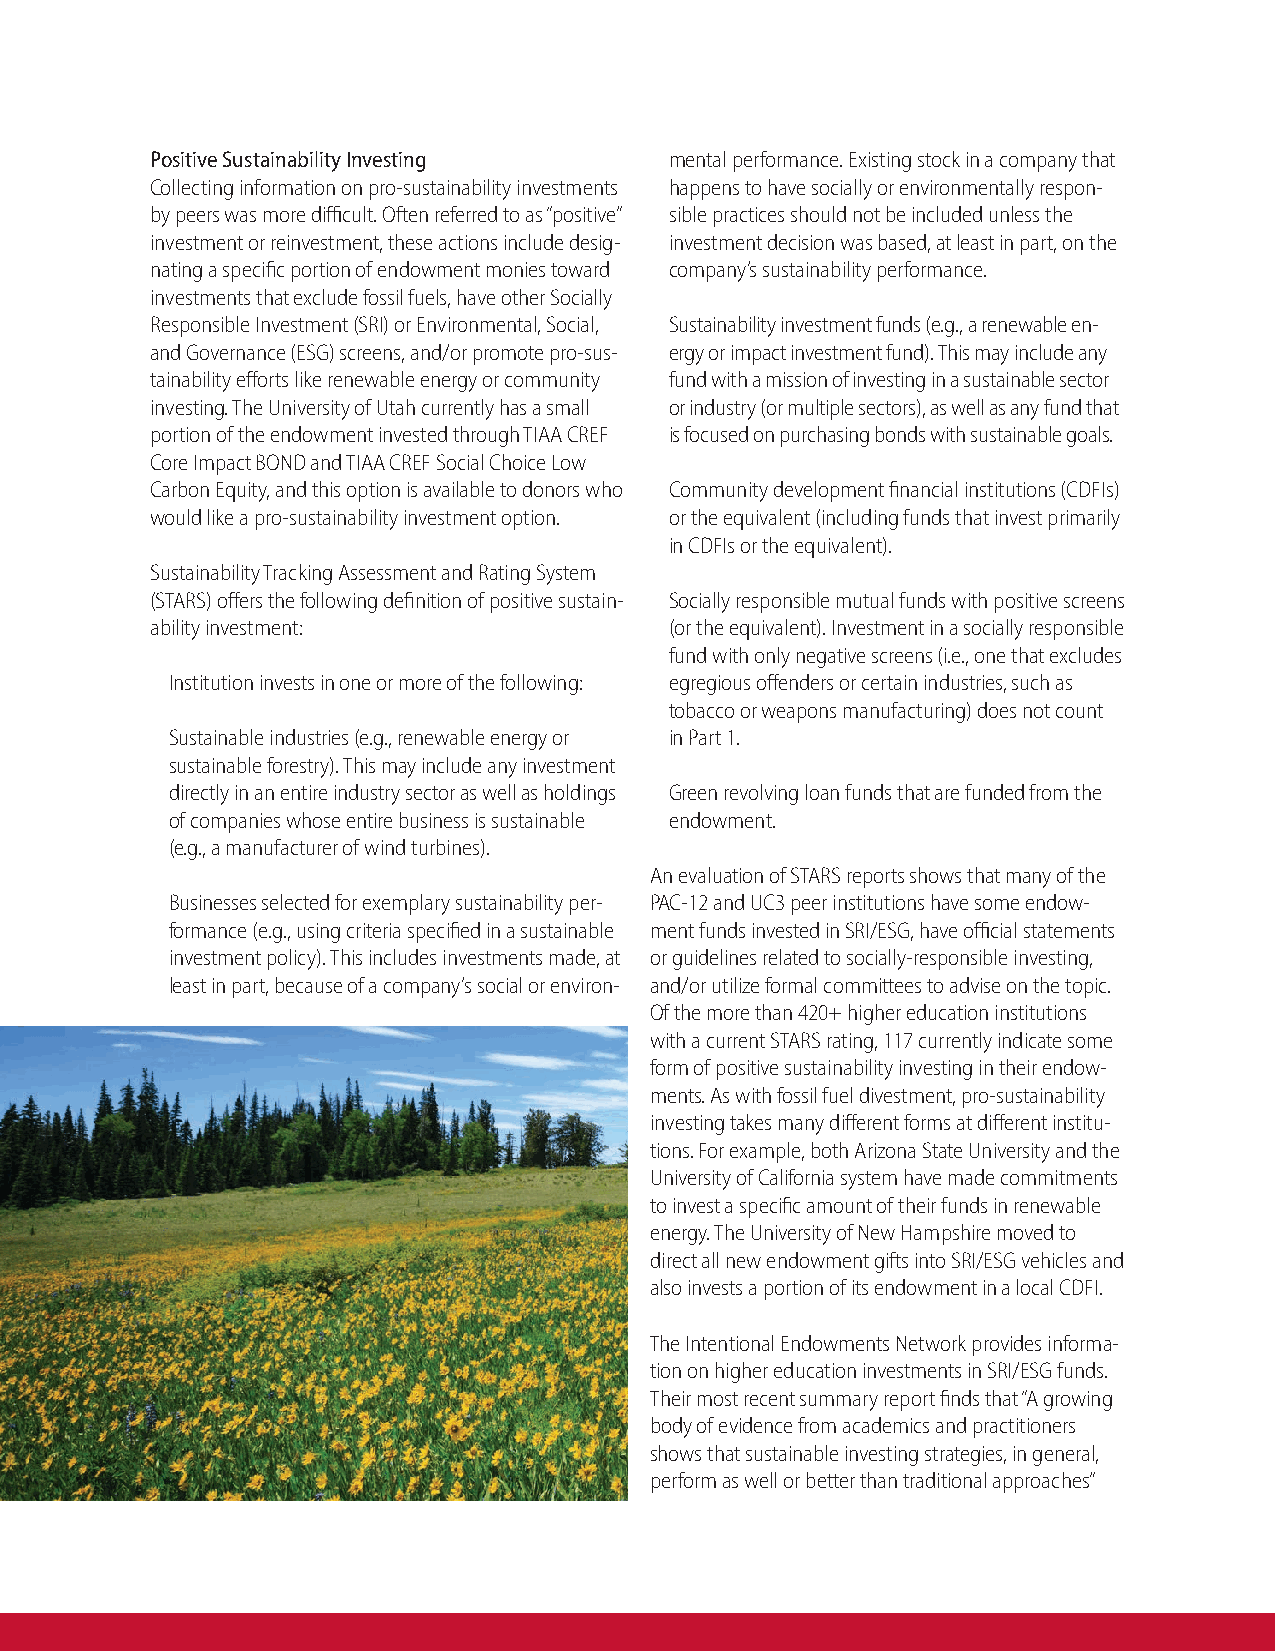
Positive Sustainability Investing mental performance. Existing stock in a company that
 Collecting information on pro-sustainability investments happens to have socially or environmentally respon-
 by peers was more difficult. Often referred to as “positive” sible practices should not be included unless the
 investment or reinvestment, these actions include desig- investment decision was based, at least in part, on the
 nating a specific portion of endowment monies toward company’s sustainability performance.
 investments that exclude fossil fuels, have other Socially
 Responsible Investment (SRI) or Environmental, Social, Sustainability investment funds (e.g., a renewable en-
 and Governance (ESG) screens, and/or promote pro-sus- ergy or impact investment fund). This may include any
 tainability efforts like renewable energy or community fund with a mission of investing in a sustainable sector
 investing. The University of Utah currently has a small or industry (or multiple sectors), as well as any fund that
 portion of the endowment invested through TIAA CREF is focused on purchasing bonds with sustainable goals.
 Core Impact BOND and TIAA CREF Social Choice Low
 Carbon Equity, and this option is available to donors who Community development financial institutions (CDFIs)
 would like a pro-sustainability investment option. or the equivalent (including funds that invest primarily
 in CDFIs or the equivalent).
 Sustainability Tracking Assessment and Rating System
 (STARS) offers the following definition of positive sustain- Socially responsible mutual funds with positive screens
 ability investment:               (or the equivalent). Investment in a socially responsible
 fund with only negative screens (i.e., one that excludes
 Institution invests in one or more of the following: egregious offenders or certain industries, such as
 tobacco or weapons manufacturing) does not count
 Sustainable industries (e.g., renewable energy or in Part 1.
 sustainable forestry). This may include any investment
 directly in an entire industry sector as well as holdings Green revolving loan funds that are funded from the
 of companies whose entire business is sustainable endowment.
 (e.g., a manufacturer of wind turbines).
 An evaluation of STARS reports shows that many of the
 Businesses selected for exemplary sustainability per- PAC-12 and UC3 peer institutions have some endow-
 formance (e.g., using criteria specified in a sustainable ment funds invested in SRI/ESG, have official statements
 investment policy). This includes investments made, at or guidelines related to socially-responsible investing,
 least in part, because of a company’s social or environ- and/or utilize formal committees to advise on the topic.
 Of the more than 420+ higher education institutions
 with a current STARS rating, 117 currently indicate some
 form of positive sustainability investing in their endow-
 ments. As with fossil fuel divestment, pro-sustainability
 investing takes many different forms at different institu-
 tions. For example, both Arizona State University and the
 University of California system have made commitments
 to invest a specific amount of their funds in renewable
 energy. The University of New Hampshire moved to
 direct all new endowment gifts into SRI/ESG vehicles and
 also invests a portion of its endowment in a local CDFI.
 The Intentional Endowments Network provides informa-
 tion on higher education investments in SRI/ESG funds.
 Their most recent summary report finds that “A growing
 body of evidence from academics and practitioners
 shows that sustainable investing strategies, in general,
 perform as well or better than traditional approaches”